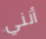
أنني